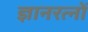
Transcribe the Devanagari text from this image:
ज्ञानरत्नों